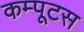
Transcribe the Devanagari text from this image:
कम्पूटस